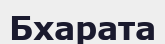
Бхарата